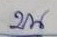
บน